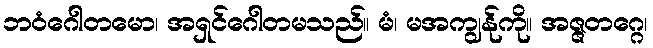
ဘဝံဂေါတမော၊ အရှင်ဂေါတမသည်။ မံ၊ မအကျွန်ုကို။ အဇ္ဇတဂ္ဂေ၊